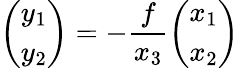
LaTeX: {\left(\begin{array}{l}{y_{1}}\\ {y_{2}}\end{array}\right)}=-{\frac{f}{x_{3}}}{\left(\begin{array}{l}{x_{1}}\\ {x_{2}}\end{array}\right)}